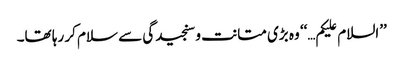
’’السلام علیکم…‘‘ وہ بڑی متانت و سنجیدگی سے سلام کر رہا تھا۔